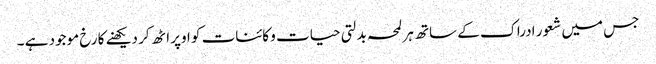
جس میں شعور ادراک کے ساتھ ہر لمحہ بدلتی حیات و کائنات کو اوپر اٹھ کر دیکھنے کا رخ موجود ہے ۔